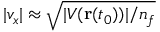
| v _ { x } | \approx \sqrt { | V ( \mathbf { r } ( t _ { 0 } ) ) | / n _ { f } }